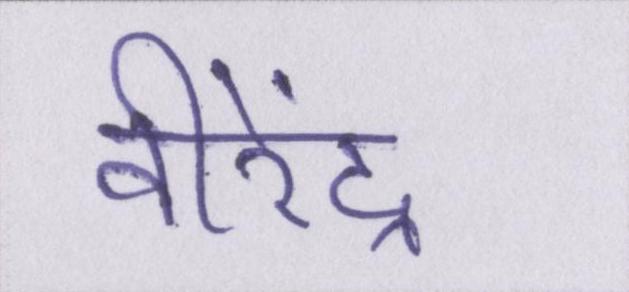
वीरेंद्र